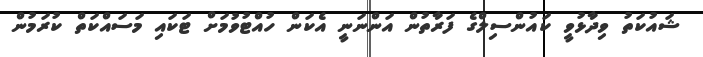
ޝައުކަތު ވިދާޅުވީ ކައުންސިލްގެ ފަރާތުން އަންނަނީ އެކަން ހުއްޓުވުމަށް ޓަކައި މަސައްކަތް ކުރަމުން